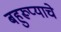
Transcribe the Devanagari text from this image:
बहुरूप्याचे